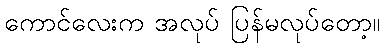
ကောင်လေးက အလုပ် ပြန်မလုပ်တော့။